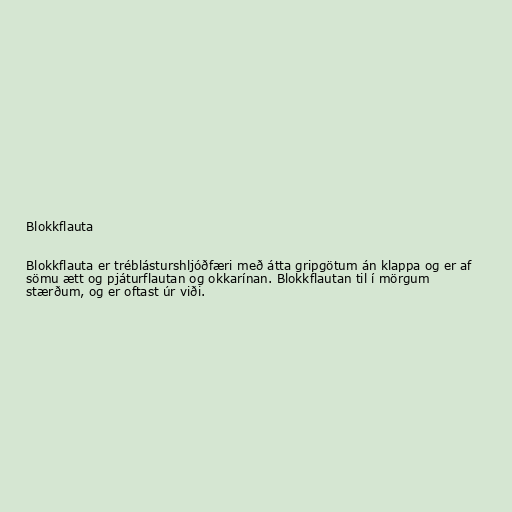
Blokkflauta

Blokkflauta er tréblásturshljóðfæri með átta gripgötum án klappa og er af
sömu ætt og pjáturflautan og okkarínan. Blokkflautan til í mörgum
stærðum, og er oftast úr viði.